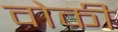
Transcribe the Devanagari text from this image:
वोकी